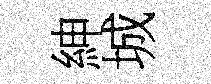
紳城